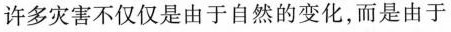
许多灾害不仅仅是由于自然的变化，而是由于